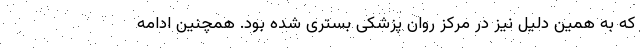
که به همین دلیل نیز در مرکز روان پزشکی بستری شده بود. همچنین ادامه